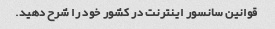
قوانین سانسور اینترنت در کشور خود را شرح دهید.